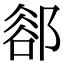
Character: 𨜪